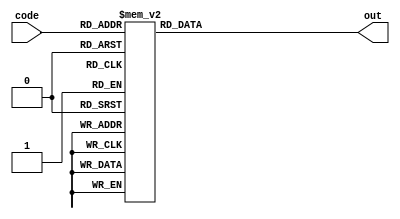
module decoder(code,out);

input        [2:0] code;
output  reg  [7:0] out;


always @*
    case (code)
        3'd0: out = 8'b0000_0001;
        3'd1: out = 8'b0000_0010;
        3'd2: out = 8'b0000_0100;
        3'd3: out = 8'b0000_1000;
        3'd4: out = 8'b0001_0000;
        3'd5: out = 8'b0010_0000;
        3'd6: out = 8'b0100_0000;
        3'd7: out = 8'b1000_0000;
    endcase
endmodule